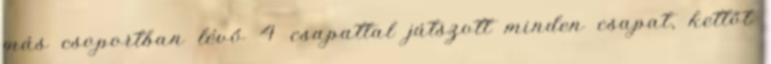
más csoportban lévő 4 csapattal játszott minden csapat, kettőt